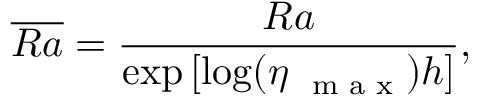
\overline { { R a } } = \frac { R a } { \mathrm { e x p } \left[ \mathrm { l o g } ( \eta _ { \mathrm { ~ \scriptsize ~ m ~ a ~ x ~ } } ) h \right] } ,